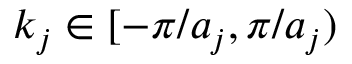
k _ { j } \in [ - \pi / a _ { j } , \pi / a _ { j } )